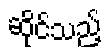
ဆိုင်သည့်